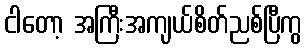
ငါတော့ အကြီးအကျယ်စိတ်ညစ်ပြီကွ